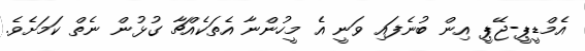
އެމްޑީޕީ-ޖޭޕީ އިން ބުނެފައި ވަނީ އެ މީހުންނާ އެތަކެއްޗާ ގުޅުން ނެތް ކަމަށެވެ.